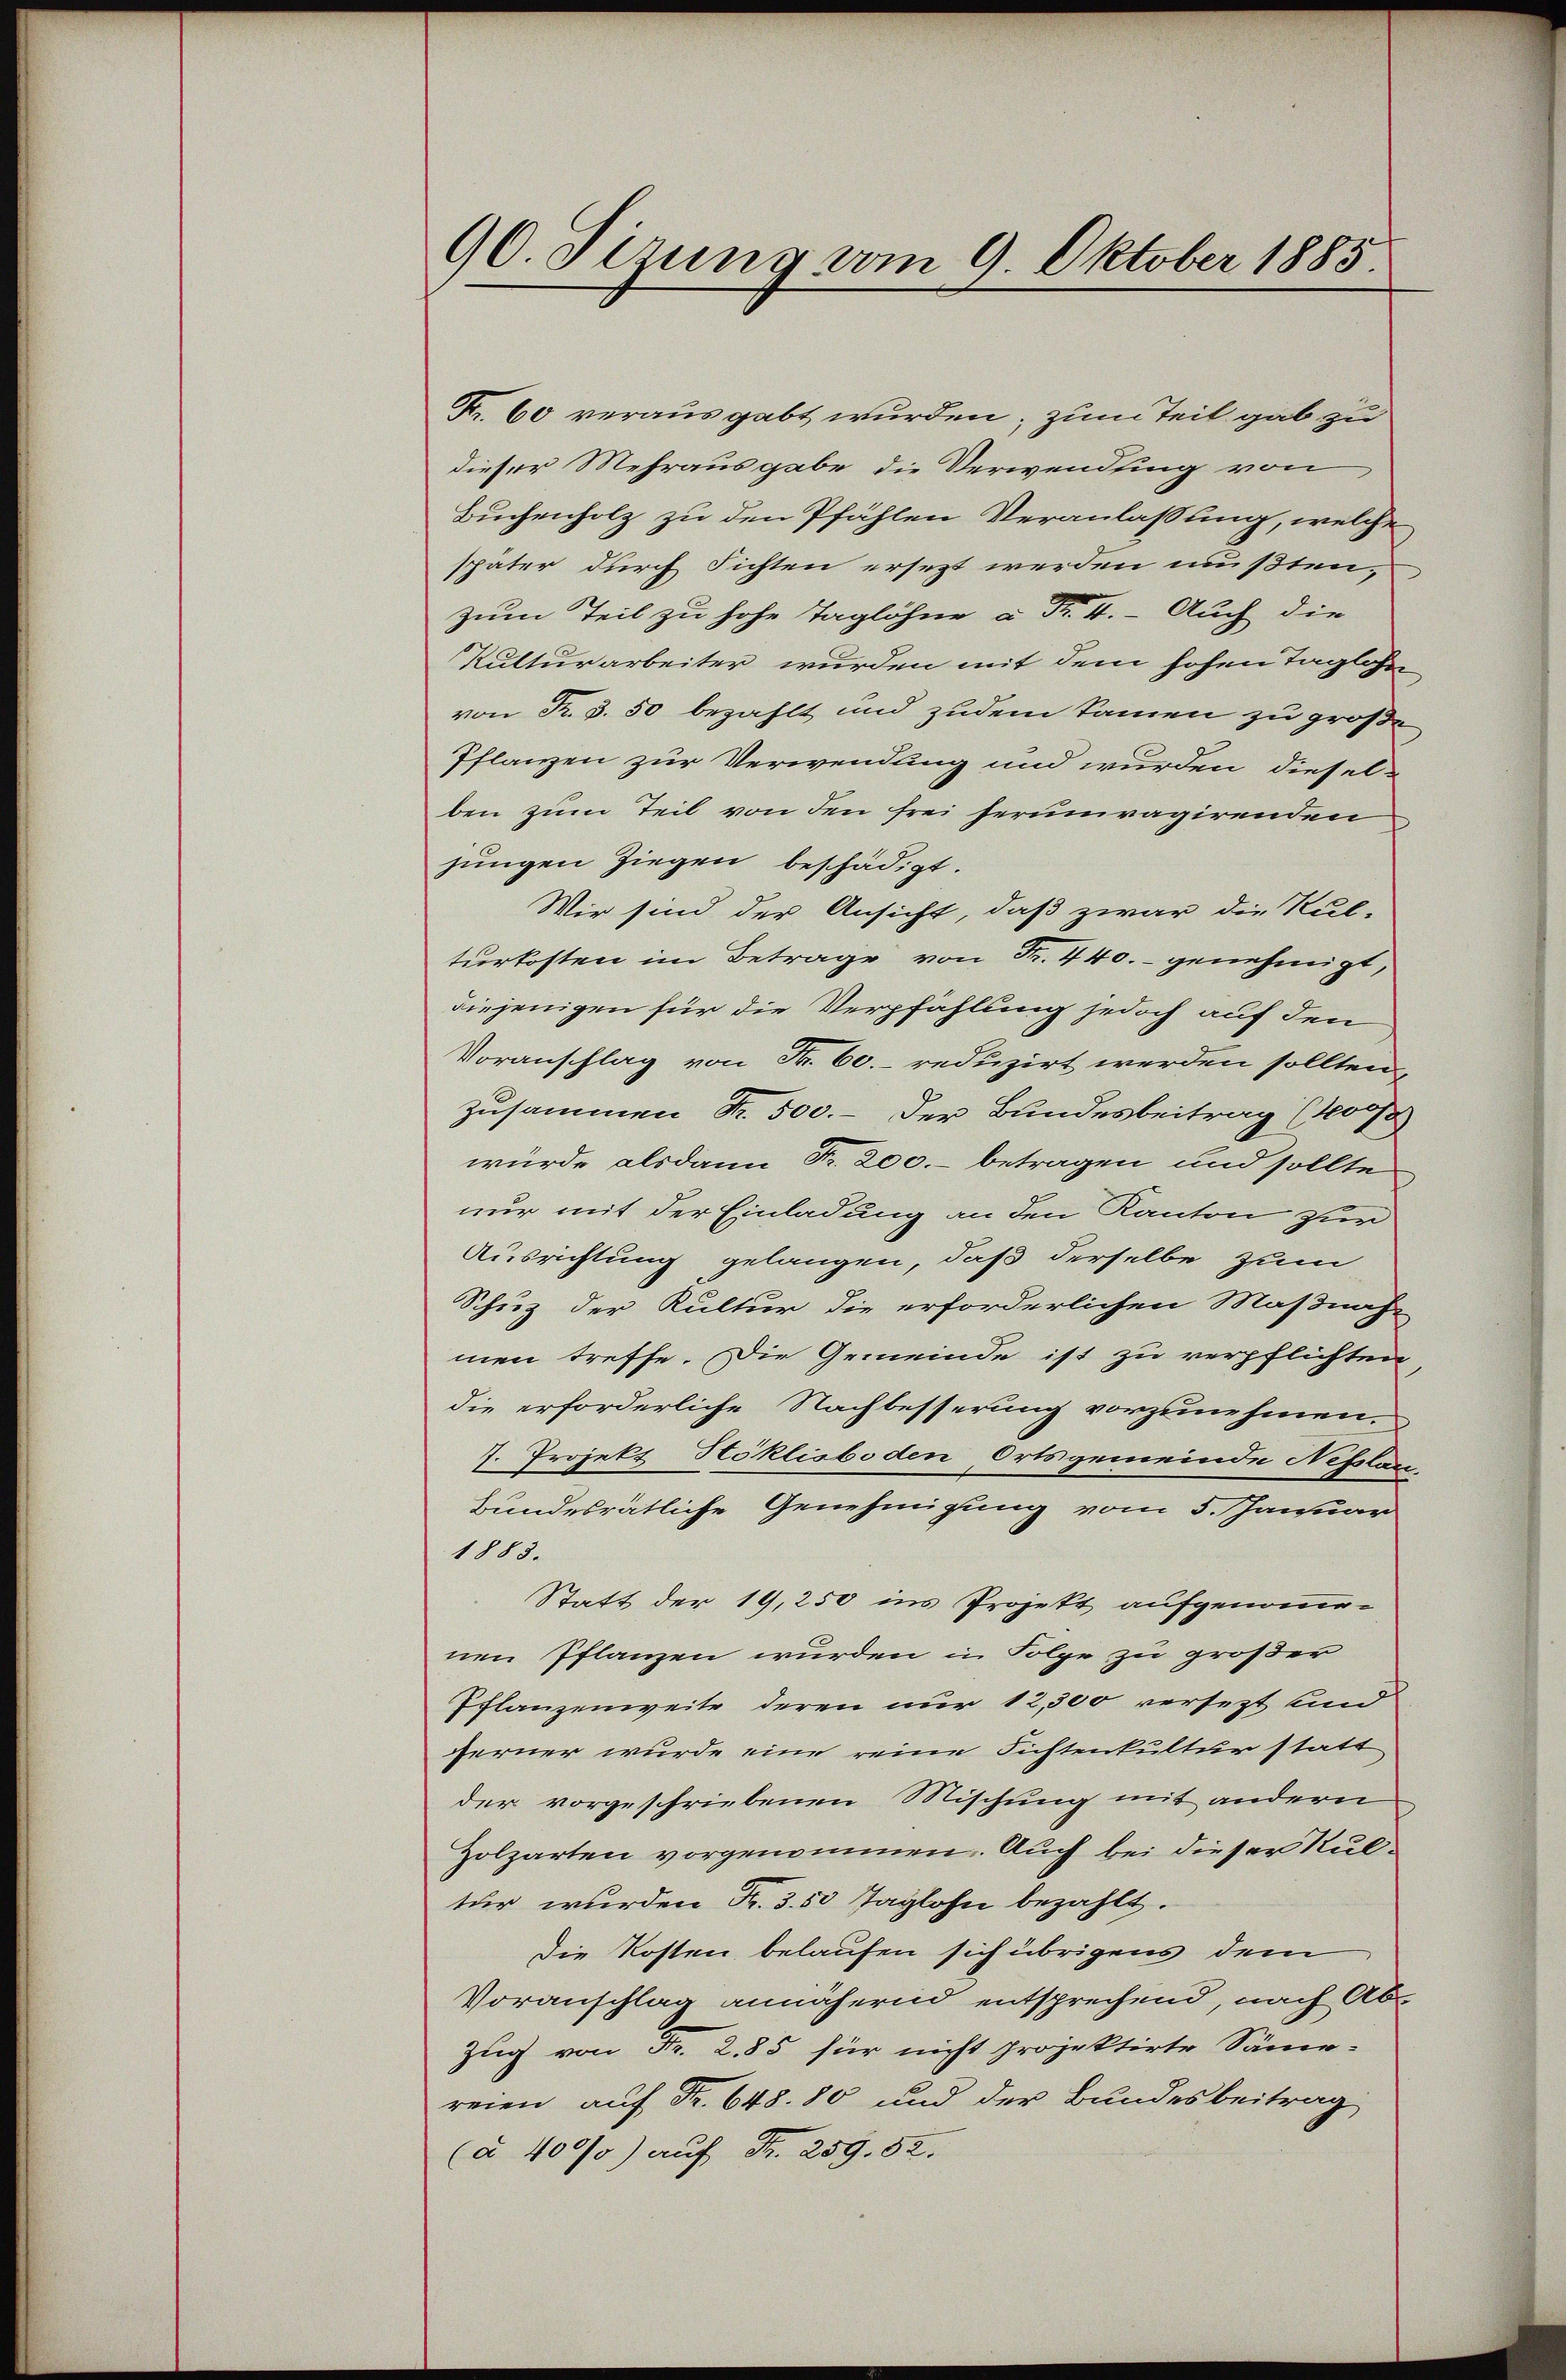
90. Sirung vom 9. Oktober 1885

Fr. 60 verausgabt wurden; zum Teil gab zu
dieser Mehrausgabe die Verwendung von
Buchenholz zu den Pfählen Veranlassung, welche
später durch Fichten ersezt werden mußten,
zum Teil zu hohe Taglöhne à Fr. I. Auch die
Kutturarbeiter wurden mit dem hohen Taglohn
von Fr. 3. 50 bezahlt und zudem Samen zu große
Pflanzen zur Verwendung und wurden, dieselben zum Teil von den frei herumvagirenden
jungen Ziegen beschädigt.
Wir sind der Ansicht, daß zwar die Kul-
turkosten im Betrage von Fr. 440.- genehmigt,
diejenigen für die Verpfählung jedoch auf den
Voranschlag von Fr. 60. reduzirt werden sollten,
zusammen Fr. 500.- der Bundesbeitrag (1000 f
würde alsdann Nr. 200.- betragen und sollte
nur mit der Einladung an den Kanton zur
Ausrichtung gelangen, daß derselbe zum
Schuz der Kultur die erforderlichen Maßnah-
men treffe. Die Gemeinde ist zu verpflichten
die erforderliche Nachbesserung vorzunehmen.
7. Projekt Höklisboden Ortsgemeinde Nesslan
Bundesrätliche Genehmigung vom 5. Januar
1883.
Statt der 19, 250 ins Projekt aufgenommenen Pflanzen wurden in Folge zu großer
Pflanzenweite deren nur 12,300 versezt und
ferner wurde eine reine Fichtenkultur statt
der vorgeschriebenen Mischung mit andern
Zolzarten vorgenommen. Auch bei dieser Kultur wurden Fr. 3. 50 Taglohn bezahlt.
Die Kosten belaufen sich übrigens dem
Voranschlag annähernd entsprechend, nach Abs
Zug von Fr. 285 für nicht projektirte Säme-
reien auf Fr. 648. 80 und der Bundesbeitrag
(à 400/0) auf Fr. 259. 52.